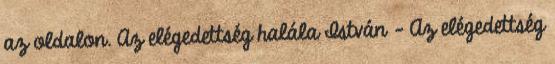
az oldalon. Az elégedettség halála István - Az elégedettség